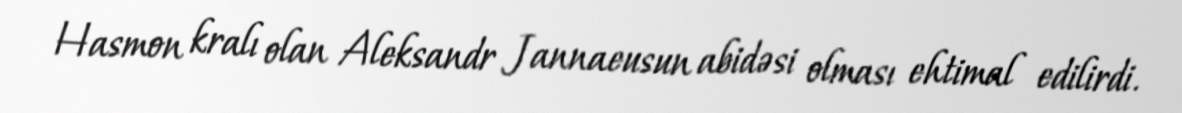
Hasmon kralı olan Aleksandr Jannaeusun abidəsi olması ehtimal edilirdi.